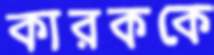
কারককে